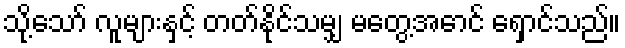
သို့သော် လူများနှင့် တတ်နိုင်သမျှ မတွေ့အောင် ရှောင်သည်။